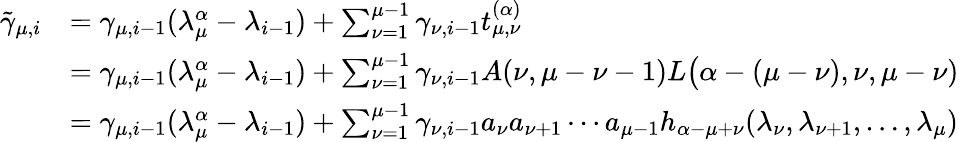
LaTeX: \begin{array}{rl}{\tilde{\gamma}_{\mu,i}}&{=\gamma_{\mu,i-1}(\lambda_{\mu}^{\alpha}-\lambda_{i-1})+\sum_{\nu=1}^{\mu-1}\gamma_{\nu,i-1}t_{\mu,\nu}^{(\alpha)}}\\ &{=\gamma_{\mu,i-1}(\lambda_{\mu}^{\alpha}-\lambda_{i-1})+\sum_{\nu=1}^{\mu-1}\gamma_{\nu,i-1}A(\nu,\mu-\nu-1)L\big(\alpha-(\mu-\nu),\nu,\mu-\nu)}\\ &{=\gamma_{\mu,i-1}(\lambda_{\mu}^{\alpha}-\lambda_{i-1})+\sum_{\nu=1}^{\mu-1}\gamma_{\nu,i-1}a_{\nu}a_{\nu+1}\cdots a_{\mu-1}h_{\alpha-\mu+\nu}(\lambda_{\nu},\lambda_{\nu+1},\ldots,\lambda_{\mu})}\end{array}